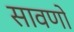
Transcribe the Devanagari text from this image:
सावणो